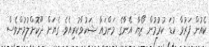
ކެއުން ފަރުވާ ކުޑަ ކުރުމުން ޒޯޔާ އޭނާގެ މަންމައާ ޝަކުވާކުރިއެވެ. ގެޔަށް ދޫކޮށްލުމުންވެސް